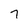
Character: 7